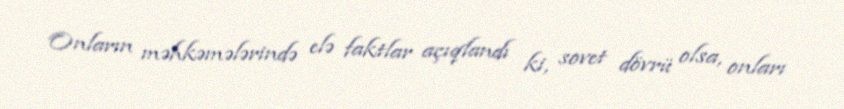
Onların məhkəmələrində elə faktlar açıqlandı ki, sovet dövrü olsa, onları